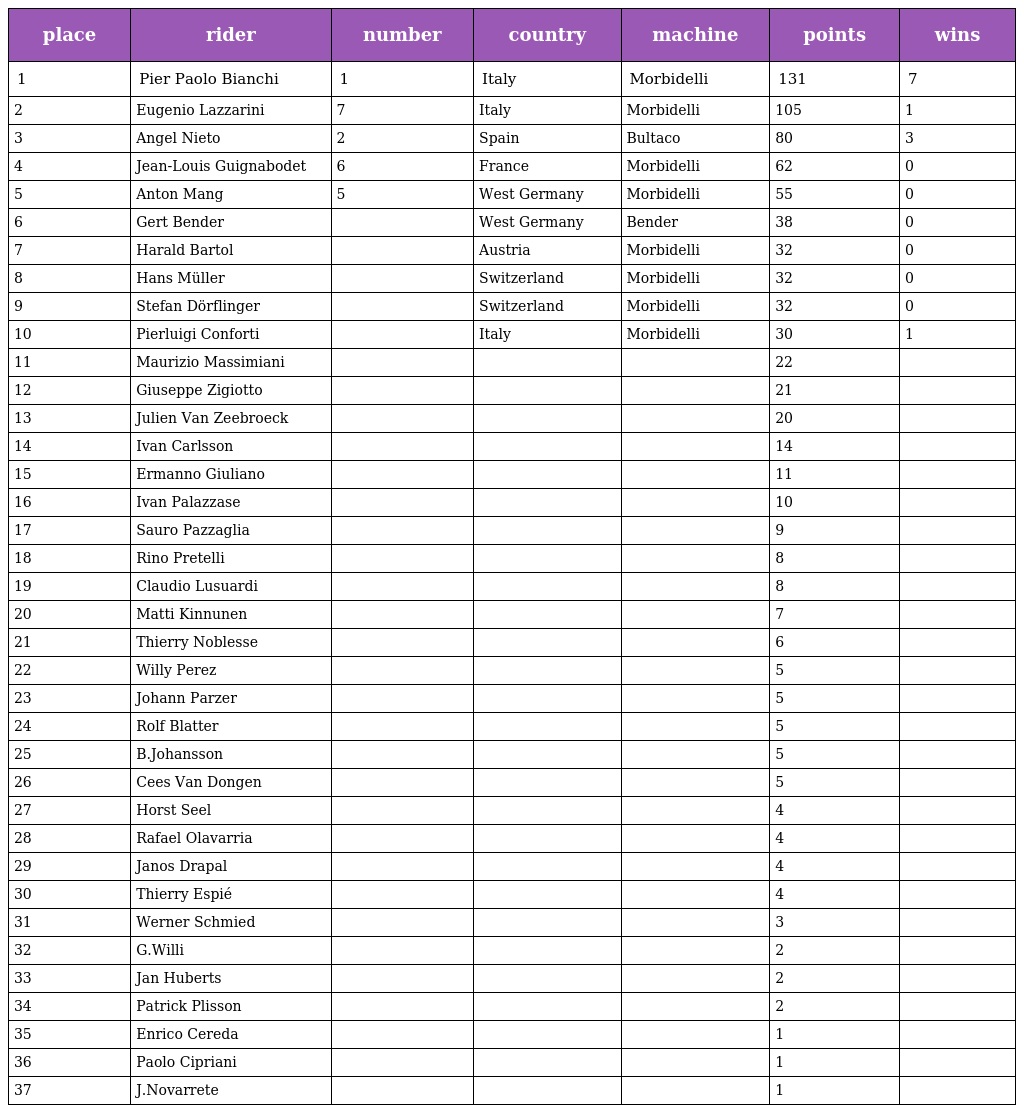
| place | rider | number | country | machine | points | wins |
 | --- | --- | --- | --- | --- | --- | --- |
 | 1 | Pier Paolo Bianchi | 1 | Italy | Morbidelli | 131 | 7 |
 | 2 | Eugenio Lazzarini | 7 | Italy | Morbidelli | 105 | 1 |
 | 3 | Angel Nieto | 2 | Spain | Bultaco | 80 | 3 |
 | 4 | Jean-Louis Guignabodet | 6 | France | Morbidelli | 62 | 0 |
 | 5 | Anton Mang | 5 | West Germany | Morbidelli | 55 | 0 |
 | 6 | Gert Bender |  | West Germany | Bender | 38 | 0 |
 | 7 | Harald Bartol |  | Austria | Morbidelli | 32 | 0 |
 | 8 | Hans Müller |  | Switzerland | Morbidelli | 32 | 0 |
 | 9 | Stefan Dörflinger |  | Switzerland | Morbidelli | 32 | 0 |
 | 10 | Pierluigi Conforti |  | Italy | Morbidelli | 30 | 1 |
 | 11 | Maurizio Massimiani |  |  |  | 22 |  |
 | 12 | Giuseppe Zigiotto |  |  |  | 21 |  |
 | 13 | Julien Van Zeebroeck |  |  |  | 20 |  |
 | 14 | Ivan Carlsson |  |  |  | 14 |  |
 | 15 | Ermanno Giuliano |  |  |  | 11 |  |
 | 16 | Ivan Palazzase |  |  |  | 10 |  |
 | 17 | Sauro Pazzaglia |  |  |  | 9 |  |
 | 18 | Rino Pretelli |  |  |  | 8 |  |
 | 19 | Claudio Lusuardi |  |  |  | 8 |  |
 | 20 | Matti Kinnunen |  |  |  | 7 |  |
 | 21 | Thierry Noblesse |  |  |  | 6 |  |
 | 22 | Willy Perez |  |  |  | 5 |  |
 | 23 | Johann Parzer |  |  |  | 5 |  |
 | 24 | Rolf Blatter |  |  |  | 5 |  |
 | 25 | B.Johansson |  |  |  | 5 |  |
 | 26 | Cees Van Dongen |  |  |  | 5 |  |
 | 27 | Horst Seel |  |  |  | 4 |  |
 | 28 | Rafael Olavarria |  |  |  | 4 |  |
 | 29 | Janos Drapal |  |  |  | 4 |  |
 | 30 | Thierry Espié |  |  |  | 4 |  |
 | 31 | Werner Schmied |  |  |  | 3 |  |
 | 32 | G.Willi |  |  |  | 2 |  |
 | 33 | Jan Huberts |  |  |  | 2 |  |
 | 34 | Patrick Plisson |  |  |  | 2 |  |
 | 35 | Enrico Cereda |  |  |  | 1 |  |
 | 36 | Paolo Cipriani |  |  |  | 1 |  |
 | 37 | J.Novarrete |  |  |  | 1 |  |